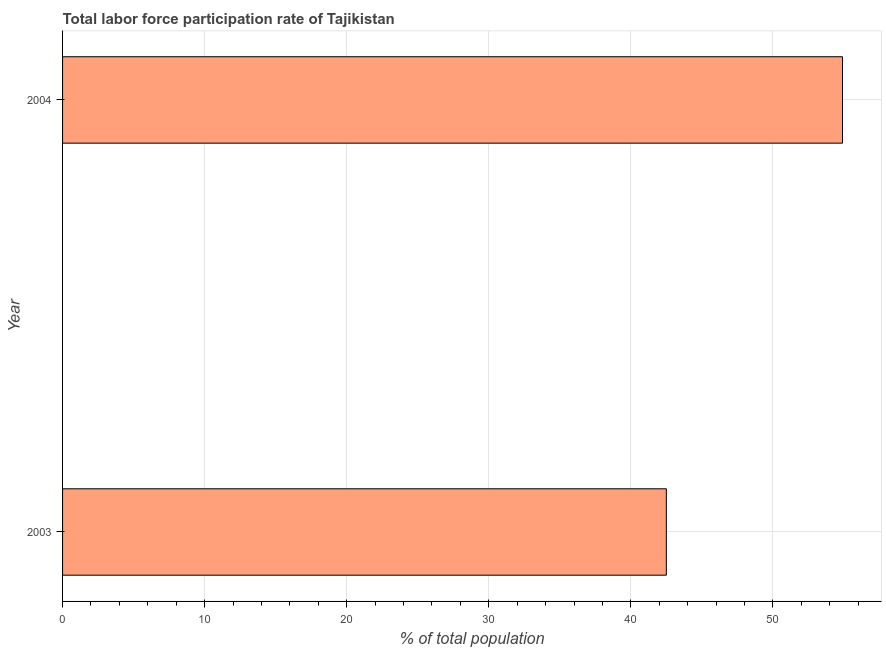
| Year | Labor force participation rate for ages 15-24 total |
 | --- | --- |
 | 2003 | 42.5 |
 | 2004 | 54.9 |